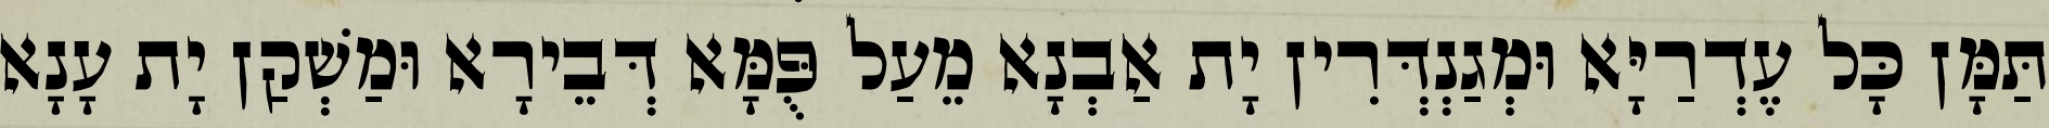
תַּמָּן כָּל עֶדְרַיָּא וּמְגַנְדְּרִין יָת אַבְנָא מֵעַל פֻּמָּא דְּבֵירָא וּמַשְׁקַן יָת עָנָא